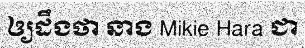
ឲ្យដឹងថា នាង Mikie Hara ជា